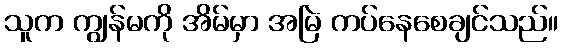
သူက ကျွန်မကို အိမ်မှာ အမြဲ ကပ်နေစေချင်သည်။